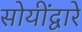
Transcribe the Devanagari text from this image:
सोयींद्वारे